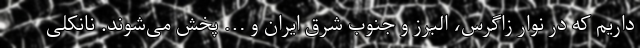
داریم که در نوار زاگرس، البرز و جنوب شرق ایران و … پخش می‌شوند. نانکلی